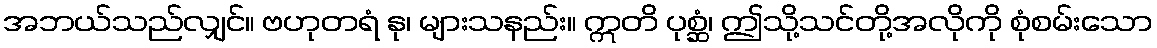
အဘယ်သည်လျှင်။ ဗဟုတရံ နု၊ များသနည်း။ ဣတိ ပုစ္ဆံ၊ ဤသို့သင်တို့အလိုကို စုံစမ်းသော